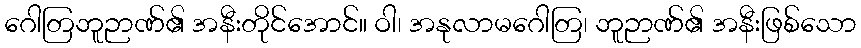
ဂေါတြဘူဉာဏ်၏ အနီးတိုင်အောင်။ ဝါ၊ အနုလာမဂေါတြ၊ ဘူဉာဏ်၏ အနီးဖြစ်သော